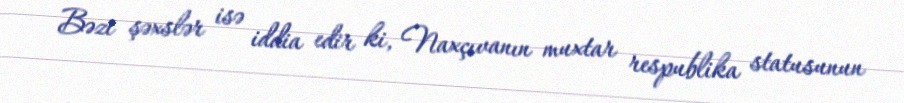
Bəzi şəxslər isə iddia edir ki, Naxçıvanın muxtar respublika statusunun